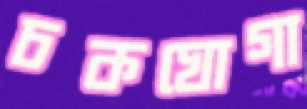
চকঘোগা